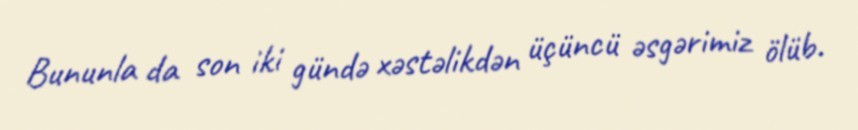
Bununla da son iki gündə xəstəlikdən üçüncü əsgərimiz ölüb.